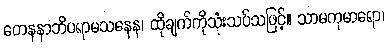
တေနနာဘိပရာမသနေန၊ ထိုချက်ကိုသုံးသပ်သဖြင့်။ သာမကုမာရော၊